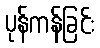
ပုန်ကန်ခြင်း